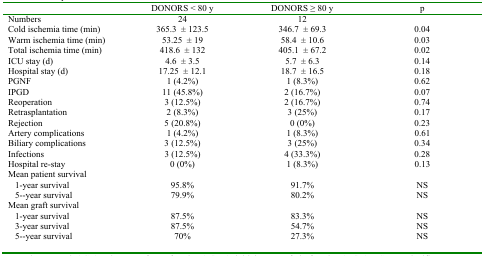
<table><thead><tr><td></td><td><b>DONORS &lt; 80 y</b></td><td><b>DONORS ≥ 80 y</b></td><td><b>p</b></td></tr></thead><tbody><tr><td>Numbers</td><td>24</td><td>12</td><td></td></tr><tr><td>Cold ischemia time (min)</td><td>365.3 ± 123.5</td><td>346.7 ± 69.3</td><td>0.04</td></tr><tr><td>Warm ischemia time (min)</td><td>53.25 ± 19</td><td>58.4 ± 10.6</td><td>0.03</td></tr><tr><td>Total ischemia time (min)</td><td>418.6 ± 132</td><td>405.1 ± 67.2</td><td>0.02</td></tr><tr><td>ICU stay (d)</td><td>4.6 ± 3.5</td><td>5.7 ± 6.3</td><td>0.14</td></tr><tr><td>Hospital stay (d)</td><td>17.25 ± 12.1</td><td>18.7 ± 16.5</td><td>0.18</td></tr><tr><td>PGNF</td><td>1 (4.2%)</td><td>1 (8.3%)</td><td>0.62</td></tr><tr><td>IPGD</td><td>11 (45.8%)</td><td>2 (16.7%)</td><td>0.07</td></tr><tr><td>Reoperation</td><td>3 (12.5%)</td><td>2 (16.7%)</td><td>0.74</td></tr><tr><td>Retrasplantation</td><td>2 (8.3%)</td><td>3 (25%)</td><td>0.17</td></tr><tr><td>Rejection</td><td>5 (20.8%)</td><td>0 (0%)</td><td>0.23</td></tr><tr><td>Artery complications</td><td>1 (4.2%)</td><td>1 (8.3%)</td><td>0.61</td></tr><tr><td>Biliary complications</td><td>3 (12.5%)</td><td>3 (25%)</td><td>0.34</td></tr><tr><td>Infections</td><td>3 (12.5%)</td><td>4 (33.3%)</td><td>0.28</td></tr><tr><td>Hospital re-stay</td><td>0 (0%)</td><td>1 (8.3%)</td><td>0.13</td></tr><tr><td>Mean patient survival </td><td></td><td></td><td></td></tr><tr><td>1-year survival</td><td>95.8%</td><td>91.7%</td><td>NS</td></tr><tr><td>5--year survival</td><td>79.9%</td><td>80.2%</td><td>NS</td></tr><tr><td>Mean graft survival </td><td></td><td></td><td></td></tr><tr><td>1-year survival</td><td>87.5%</td><td>83.3%</td><td>NS</td></tr><tr><td>3-year survival</td><td>87.5%</td><td>54.7%</td><td>NS</td></tr><tr><td>5--year survival</td><td>70%</td><td>27.3%</td><td>NS</td></tr></tbody></table>